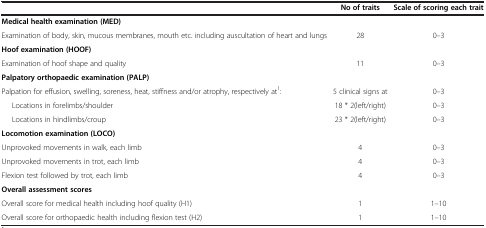
|  | No of traits | Scale of scoring each trait |
 | --- | --- | --- |
 | Medical health examination (MED) |  |  |
 | Examination of body, skin, mucous membranes, mouth etc. including auscultation of heart and lungs | 28 | 0–3 |
 | Hoof examination (HOOF) |  |  |
 | Examination of hoof shape and quality | 11 | 0–3 |
 | Palpatory orthopaedic examination (PALP) |  |  |
 | Palpation for effusion, swelling, soreness, heat, stiffness and/or atrophy, respectively at1: | 5 clinical signs at | 0–3 |
 | Locations in forelimbs/shoulder | 18 * 2(left/right) | 0–3 |
 | Locations in hindlimbs/croup | 23 * 2(left/right) | 0–3 |
 | Locomotion examination (LOCO) |  |  |
 | Unprovoked movements in walk, each limb | 4 | 0–3 |
 | Unprovoked movements in trot, each limb | 4 | 0–3 |
 | Flexion test followed by trot, each limb | 4 | 0–3 |
 | Overall assessment scores |  |  |
 | Overall score for medical health including hoof quality (H1) | 1 | 1–10 |
 | Overall score for orthopaedic health including flexion test (H2) | 1 | 1–10 |